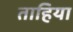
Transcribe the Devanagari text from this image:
ताहिया